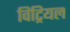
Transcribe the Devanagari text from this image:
विट्रियल